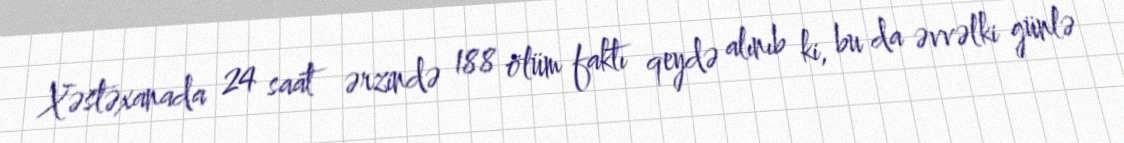
Xəstəxanada 24 saat ərzində 188 ölüm faktı qeydə alınıb ki, bu da əvvəlki günlə